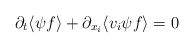
LaTeX: \begin{align*}\partial_t\langle \psi f\rangle+\partial_{x_i} \langle v_i \psi f \rangle = 0\end{align*}